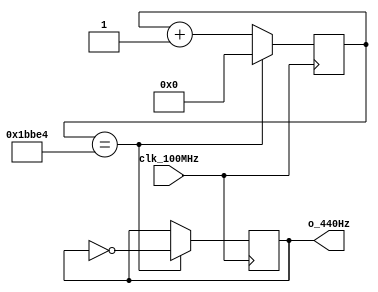
// This program was cloned from: https://github.com/FPGADude/Digital-Design
// License: GNU General Public License v3.0

`timescale 1ns / 1ps
//////////////////////////////////////////////////////////////////////////////////
// Authored by David J. Marion aka FPGA Dude
// Created on 4/29/2022
// Using Vivado 2021.2
// Generating 440Hz signal for music tone 'a'
//////////////////////////////////////////////////////////////////////////////////

module a_440Hz(
    input clk_100MHz,
    output o_440Hz     
    );
    
    // 100MHz / 113,636 / 2 = 440.0014Hz
    reg r_440Hz;
    reg [16:0] r_counter = 0;
    
    always @(posedge clk_100MHz)
        if(r_counter == 17'd113_636) begin
            r_counter <= 0;
            r_440Hz <= ~r_440Hz;
            end
        else
            r_counter <= r_counter + 1;

    assign o_440Hz = r_440Hz;
    
endmodule